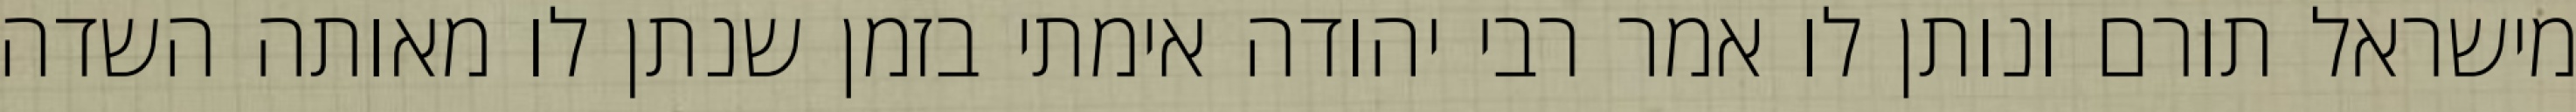
מישראל תורם ונותן לו אמר רבי יהודה אימתי בזמן שנתן לו מאותה השדה